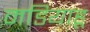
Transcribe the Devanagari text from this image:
मडियाहू